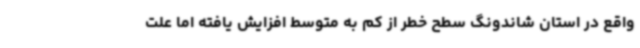
واقع در استان شاندونگ سطح خطر از کم به متوسط افزایش یافته اما علت